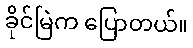
ခိုင်မြဲက ပြောတယ်။